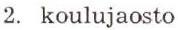
2. koulujaosto